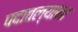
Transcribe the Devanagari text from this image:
पदावल्यांना